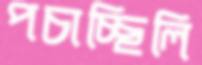
পচাচ্ছিলি